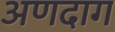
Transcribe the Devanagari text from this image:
अणदाग